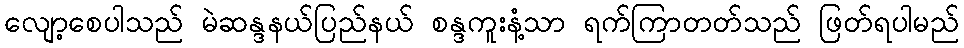
လျော့စေပါသည် မဲဆန္ဒနယ်ပြည်နယ် စန္ဒကူးနံ့သာ ရက်ကြာတတ်သည် ဖြတ်ရပါမည်